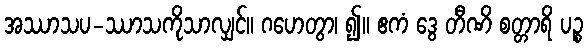
အဿာသပ-ဿာသကိုသာလျှင်။ ဂဟေတွာ၊ ၍။ ဧကံ ဒွေ တီဏိ စတ္တာရိ ပဉ္စ